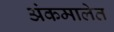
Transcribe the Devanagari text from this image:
अंकमालेत